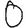
Digit: 0